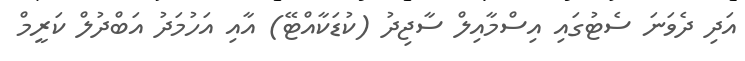
އަދި ދެވަނަ ސެޓުގައި އިސްމާއިލް ސާޖިދު (ކުޑަކާއްޓޭ) އާއި އަހުމަދު އަބްދުލް ކަރީމް